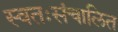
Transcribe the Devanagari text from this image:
स्वतःसंचालित